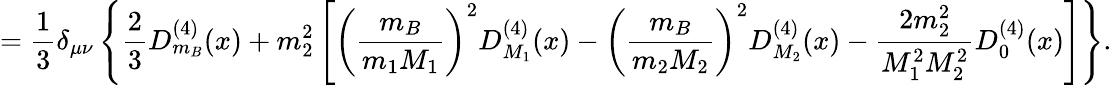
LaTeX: =\frac 13\delta_{\mu\nu}\left\{ \frac 23D_{m_{B}}^{(4)}(x)+m_{2}^{2}\left[\left(\frac{m_{B}}{m_{1}M_{1}}\right)^{2}D_{M_{1}}^{(4)}(x)-\left(\frac{m_{B}}{m_{2}M_{2}}\right)^{2}D_{M_{2}}^{(4)}(x)-\frac{2m_{2}^{2}}{M_{1}^{2}M_{2}^{2}}D_{0}^{(4)}(x)\right]\right\} .